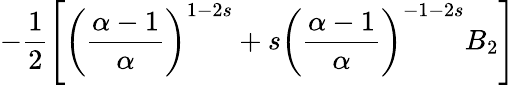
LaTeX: -\frac{1}{2}\left[\left(\frac{\alpha-1}{\alpha}\right)^{1-2s}+s\left(\frac{\alpha-1}{\alpha}\right)^{-1-2s}B_{2}\right]